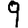
Digit: 9